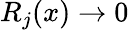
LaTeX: R_{j}(x)\rightarrow 0